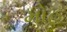
મોહ